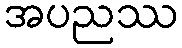
အပညဿ